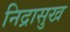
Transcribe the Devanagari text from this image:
निद्रासुख